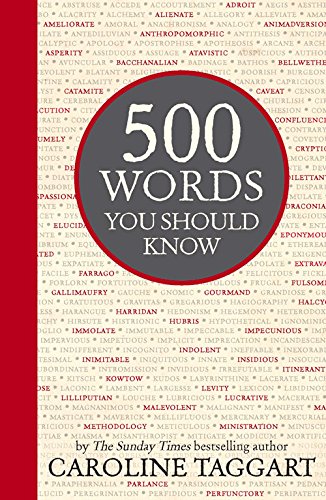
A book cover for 500 Words You Should Know; Caroline Taggart; Reference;